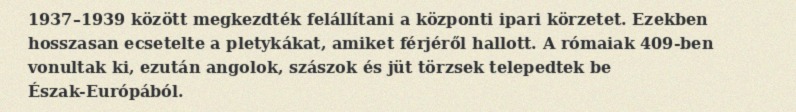
1937–1939 között megkezdték felállítani a központi ipari körzetet. Ezekben hosszasan ecsetelte a pletykákat, amiket férjéről hallott. A rómaiak 409-ben vonultak ki, ezután angolok, szászok és jüt törzsek telepedtek be Észak-Európából.